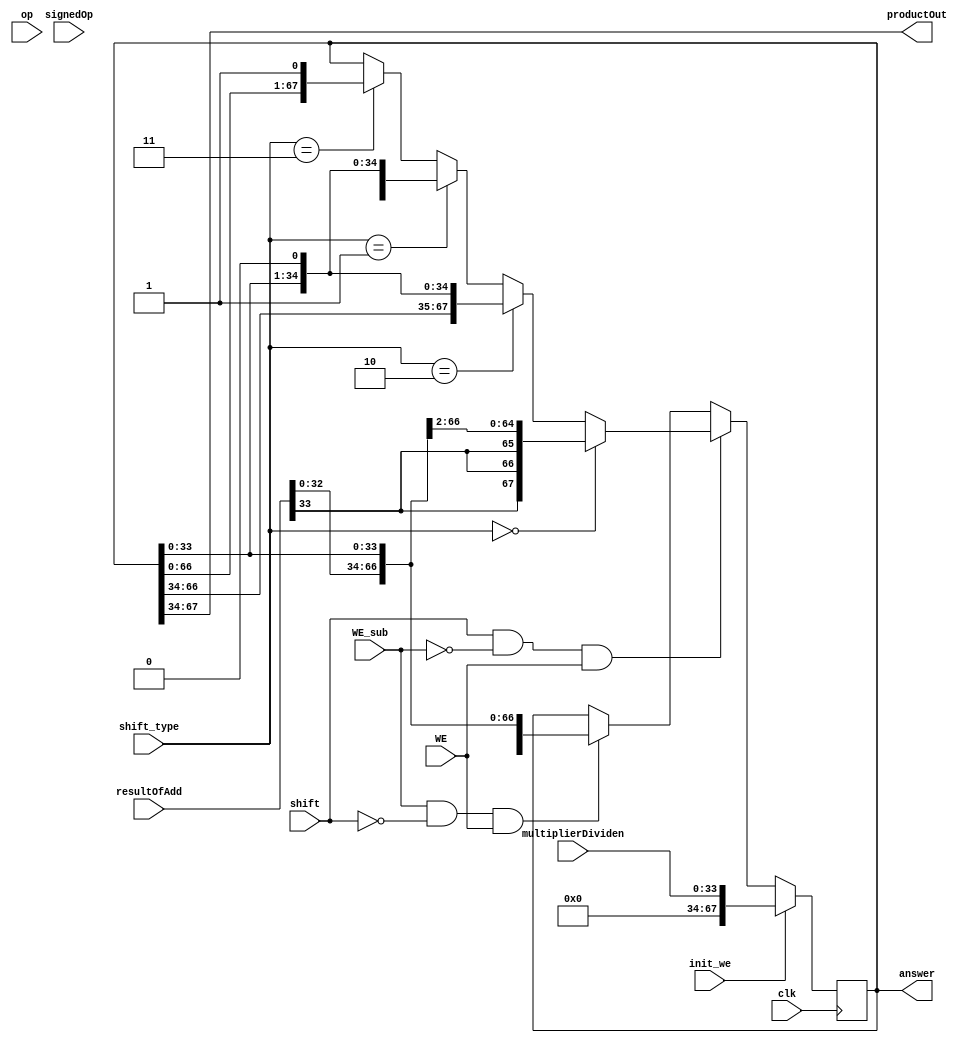

module MultDivid_result(op, signedOp,  multiplierDividen, resultOfAdd, clk, init_we,
			productOut, WE, WE_sub,  shift, shift_type, answer); 

	input signedOp, op;
	
	input [33:0] multiplierDividen; 	//initial value to put into right side of register
	input [33:0] resultOfAdd; 			//value coming from the adder...why 33 bits?
	input init_we; 						//initial write enable--used to put multiplicand into right side of register
	input clk; 								//clock
	input WE; 								//write enable signal for register

	input WE_sub; 							//writing the result of subtraction into 
	input [1:0] shift_type; 			//signal to indicate a need to shift right for two bits 
	input shift; 							//signal to indicate a need to shift
	
	output [33:0] productOut; 			//top 34 bits to be sent to the adder
	output [67:0] answer; 				//final answer



	//control signals for: shift right two bits, shift left only, shift left and padd with a 0, .. with a 1
	parameter shiftRight = 2'b00, shiftLeftRestore = 2'b01,  shiftLeft0 = 2'b10, shiftLeft1 = 2'b11;


   

   //My code goese and everywhere
   reg [67:0] answer; //two top bits




   assign productOut = answer[67:34];
 
   always @ (posedge clk)
	begin
		if (init_we)
			begin
				//right_bit_store <= 0;
				if (op && signedOp) 
				begin		  //signedOp mult
					if (multiplierDividen[31] == 0) //
						answer <= {34'h000000000, multiplierDividen};
					else		  				  //	changed this, used to be 32'h0, 2'b11
						answer <= {34'h000000000, multiplierDividen};
				end
				else
					answer <= {34 'h000000000, multiplierDividen};
			end
		else if (shift && ~WE_sub &&WE) 
		begin
			//$display("SHIFTING");
			if (shift_type == shiftRight)	begin
				answer <= {resultOfAdd[33],resultOfAdd[33], resultOfAdd[33:0], answer[33:2]};
			//	$display("Shifting right: ");
			end
			else if (shift_type == shiftLeft0 )
				answer <= {answer[66:0], 1'b0};
			else if (shift_type == shiftLeftRestore)	begin
				answer <= {resultOfAdd[32:0], answer[33:0], 1'b0};
				//$display("padding with 0");
				end
			else if (shift_type == shiftLeft1)	begin
				answer <= {answer[66:0], 1'b1};
				//$display("=====padding with 1");
				end
		end
		else if (WE_sub && ~shift && WE)	  begin
			//isplay("just subtracting, no shifting");
			answer <= {resultOfAdd[33:0], answer[33:0]};
			end
		else begin
			answer <= answer;
			//$display("else case not doing shit");
			//right_bit_store <= answer[1]; 
			end
	end
  
endmodule

			/*
			else if (shift_one && WE)
			answer <= {resultOfAdd, answer[31:1]};
		else if (shift_one) // Note this covers two cases: WE = 0 and WE = x (initial loop)
			answer <= answer  1; 
			*/